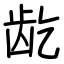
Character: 龁